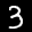
Label: 3